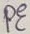
Text: PE